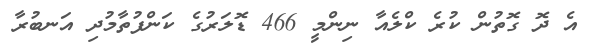
އެ ދޮ ގޮތުން ކުރެ ކްލެއާ ނިންމީ 466 ޑޮލަރުގެ ކަންފުތާމުދި އަނބުރާ